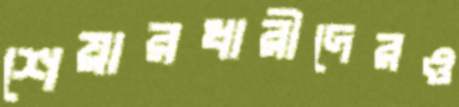
শেয়ারধারীদেরও